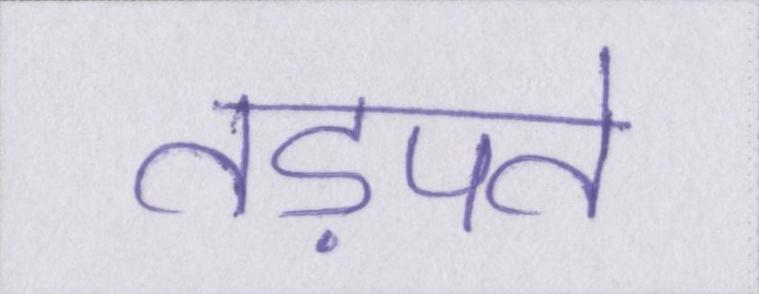
तड़पते